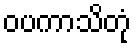
ဝပကာသိတုံ